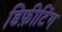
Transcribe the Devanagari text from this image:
डिफ़ीटिंग